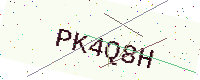
Text: PK4Q8H